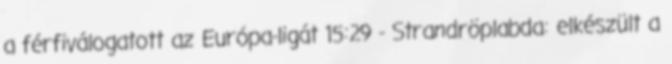
a férfiválogatott az Európa-ligát 15:29 - Strandröplabda: elkészült a